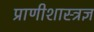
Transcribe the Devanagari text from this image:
प्राणीशास्त्रज्ञ